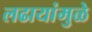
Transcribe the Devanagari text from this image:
लढायांमुळे